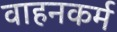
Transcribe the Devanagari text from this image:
वाहनकर्म